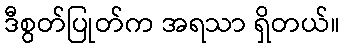
ဒီစွတ်ပြုတ်က အရသာ ရှိတယ်။